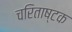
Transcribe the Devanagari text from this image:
चरिताष्टक